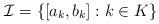
LaTeX: \begin{align*}\mathcal{I}=\left\{ [a_{k},b_{k}]:k\in K\right\}\end{align*}